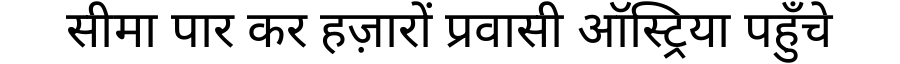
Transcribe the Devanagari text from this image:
सीमा पार कर हज़ारों प्रवासी ऑस्ट्रिया पहुँचे